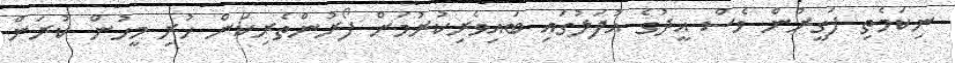
ނިކަމެތި ފަގީރުން ވެސް އީދުގެ އުފަލުގައި ބައިވެރިކުރުމަށް ފޯރުންތެރިކަން ހުރި މީހުން ކުރަން